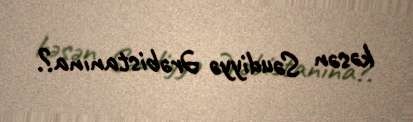
kəsən Səudiyyə Ərəbistanına?.